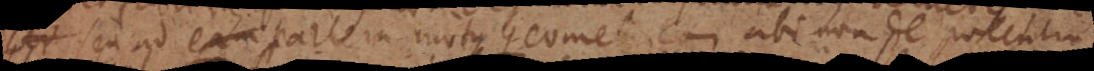
ser seu ad eam partem motus Geometricam, ubi non de potentia,